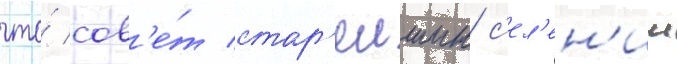
что́ сов'е́т стар'еишин с'ел'ен'ии